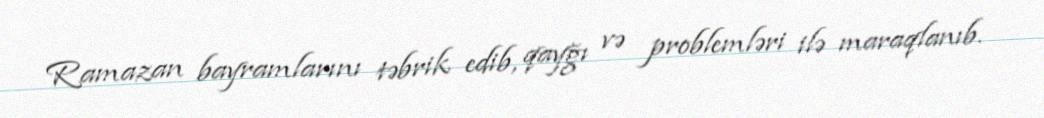
Ramazan bayramlarını təbrik edib, qayğı və problemləri ilə maraqlanıb.